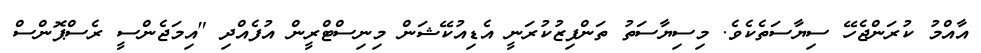
އާއްމު ކުރަންޖެހޭ ސިޔާސަތެކެވެ. މިސިޔާސަތު ތަންފިޒުކުރަނީ އެޑިއުކޭޝަން މިނިސްޓްރީން އުފެއްދި "އިމަޖެންސީ ރެސްޕޮންސް